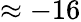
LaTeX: \approx-16